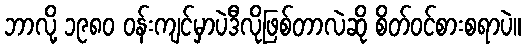
ဘာလို့ ၁၉၈၀ ဝန်းကျင်မှာပဲဒီလိုဖြစ်တာလဲဆို စိတ်ဝင်စားစရာပဲ။